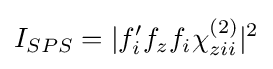
I_{SPS}=|f'_{i}f_{z}f_{i}\chi _{zii}^{(2)}|^{2}